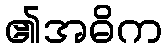
၏အဓိက